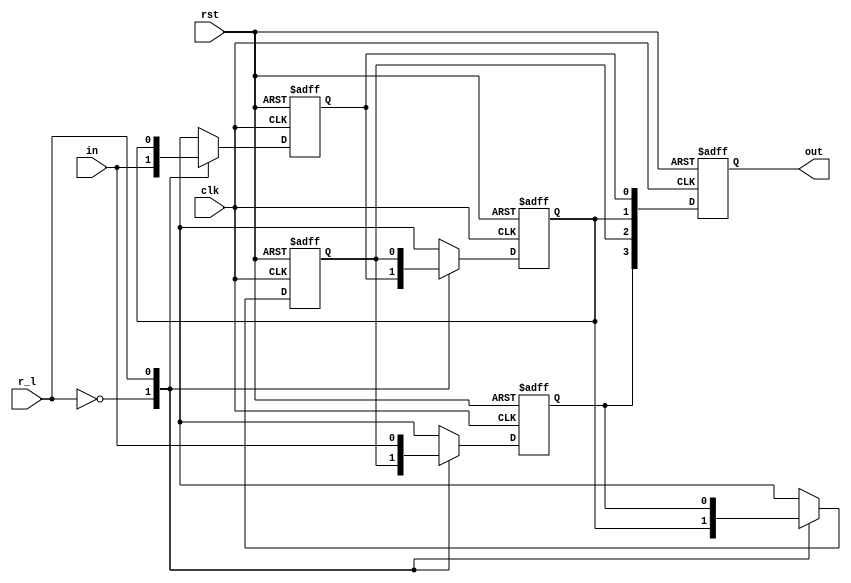
`timescale 1ns / 1ps
//////////////////////////////////////////////////////////////////////////////////
// Company: 
// Engineer: 
// 
// Design Name: 
// Module Name: shiftreg_4_bit
// Project Name: 
// Target Devices: 
// Tool Versions: 
// Description: 
// 
// Dependencies: 
// 
// Revision:
// Revision 0.01 - File Created
// Additional Comments:
// 
//////////////////////////////////////////////////////////////////////////////////


module shiftreg_4_bit #(parameter MSB = 8) (input wire clk, input wire in,
             input rst, input r_l, output reg[3:0] out);
//Bidirectional shift register
//Shifts right when r_l is HIGH and left when r_1 is LOW
//RESET is active LOW
reg q0, q1, q2, q3;

always @(posedge clk or negedge rst)
begin
if (rst)
     begin
     case (r_l)
     1'b0: begin
           q0 <= in;
           q1 <= q0;
           q2 <= q1;
           q3 <= q2;
           out <= {q3, q2, q1, q0}; 
           end
     1'b1: begin
            q3 <= in; 
            q2 <= q3; 
            q1 <= q2; 
            q0 <= q1;
            out <= {q3, q2, q1, q0};
           end
      endcase
end
else
begin
    q0 <= 0; q1 <= 0; q2 <= 0; q3 <= 0;
    out <= 4'b0000;
end
end

endmodule